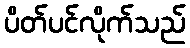
ပိတ်ပင်လိုက်သည်